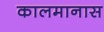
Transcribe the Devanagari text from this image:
कालमानास